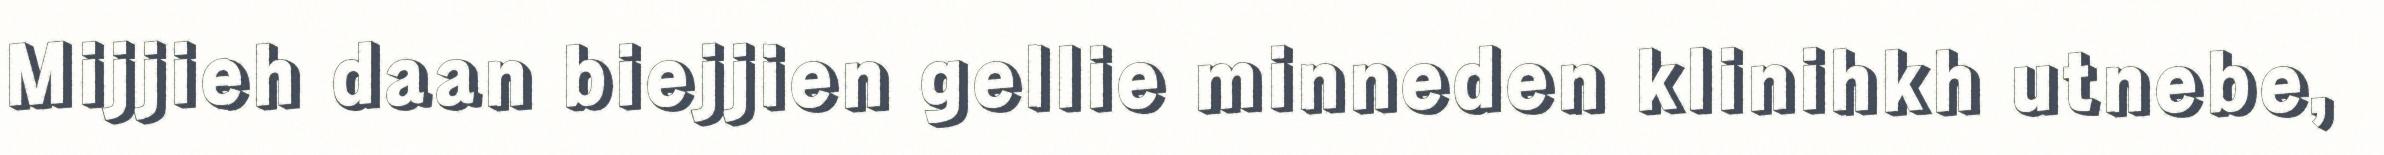
Mijjieh daan biejjien gellie minneden klinihkh utnebe,